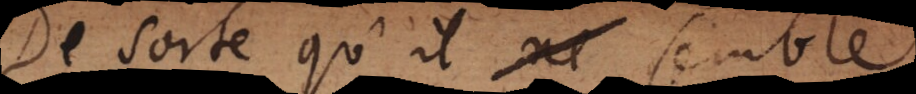
De sorte qu’il se